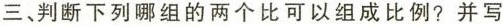
三、判断下列哪组的两个比可以组成比例？并写